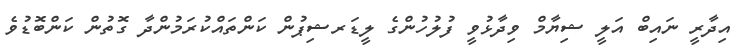
އިދާރީ ނައިބް އަލީ ޝިޔާމް ވިދާޅުވީ ފުލުހުންގެ ލީޑަރޝިޕުން ކަންތައްކުރަމުންދާ ގޮތުން ކަންބޮޑުވެ